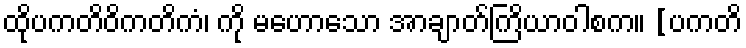
ထိုပကတိဝိကတိကံ၊ ကို မဟောသော အာချာတ်ကြိယာဝါစက။ [ပကတိ